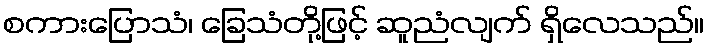
စကားပြောသံ၊ ခြေသံတို့ဖြင့် ဆူညံလျက် ရှိလေသည်။